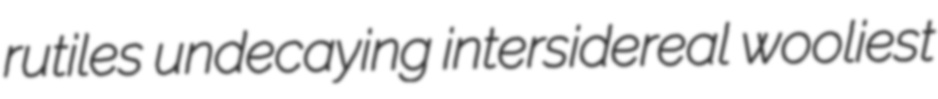
rutiles undecaying intersidereal wooliest